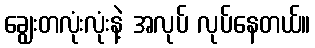
ချွေးတလုံးလုံးနဲ့ အလုပ် လုပ်နေတယ်။